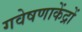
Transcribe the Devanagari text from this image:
गवेषणाकेंद्रों